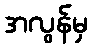
အလွန်မှ